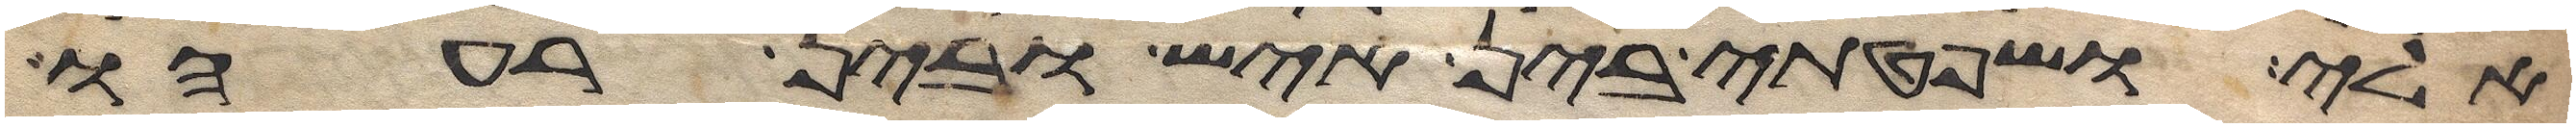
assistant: אלי ושפטתי בין איש ובין רעהו